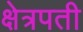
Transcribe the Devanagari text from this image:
क्षेत्रपती